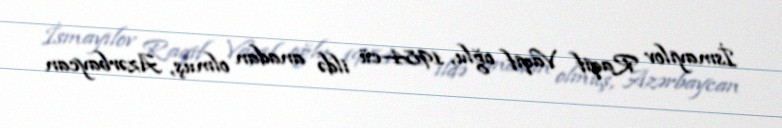
İsmayılov Raqif Vaqif oğlu, 1984-cü ildə anadan olmuş, Azərbaycan